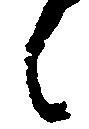
候